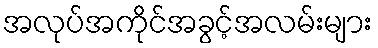
အလုပ်အကိုင်အခွင့်အလမ်းများ